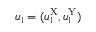
u _ { 1 } = ( u _ { 1 } ^ { \mathrm { X } } , u _ { 1 } ^ { \mathrm { Y } } )